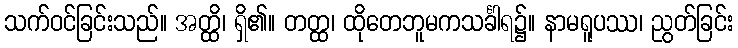
သက်ဝင်ခြင်းသည်။ အတ္ထိ၊ ရှိ၏။ တတ္ထ၊ ထိုတေဘူမကသင်္ခါရ၌။ နာမရူပဿ၊ ညွတ်ခြင်း